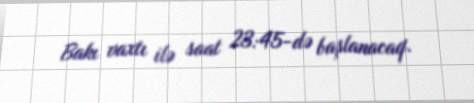
Bakı vaxtı ilə saat 23:45-də başlanacaq.